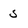
Character: s